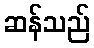
ဆန်သည်